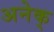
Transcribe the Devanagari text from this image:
अनेक्